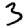
Digit: 3